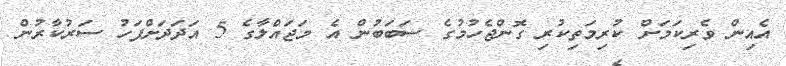
އެއިން ވެރިކަމަށް ކުރިމަތިކުރި ގޮންޖެހުމުގެ ސަބަބުން އެ މަޖައްލާގެ 5 އަދަދަށްފަހު ސަރުކާރުން